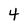
Character: 4